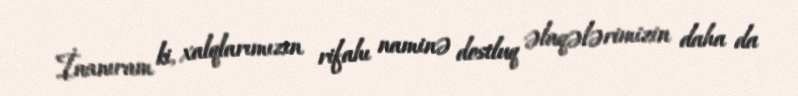
İnanıram ki, xalqlarımızın rifahı naminə dostluq əlaqələrimizin daha da